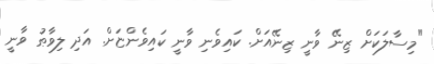
"މިސާލަކަށް ޒިނޭ ވާނީ ޒިނޭއަށް. ކައިވެނި ވާނީ ކައިވެންޏަށް. އަދި ލިވާޠު ވާނީ